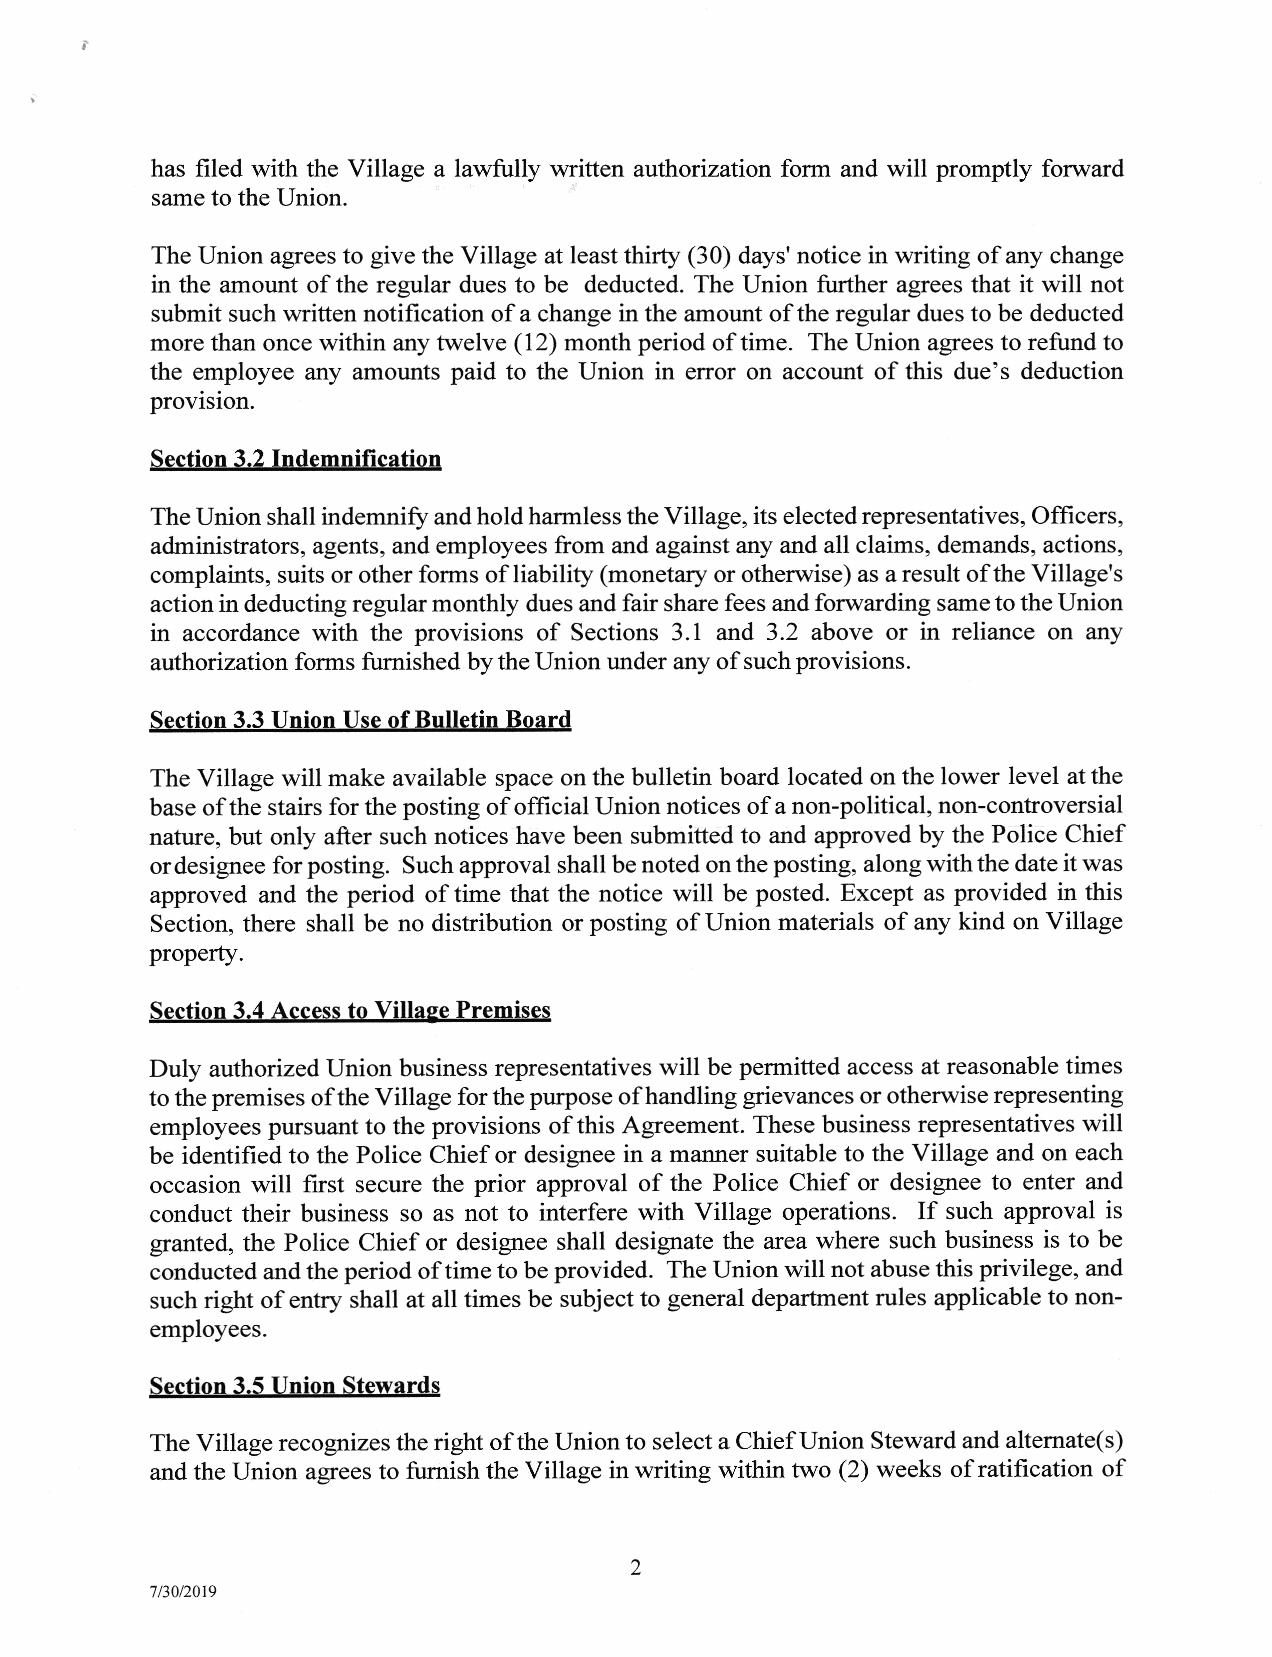
has filed with the Village a lawfully written authorization form and will promptly forward
 same to the Union.
 The Union agrees to give the Village at least thifty (30) days'notice in writing of any change
 in the amount of the regular dues to be deducted. The Union further agrees that it will not
 submit such written notification of a change in the amount of the regular dues to be deducted
 more than once within any twelve (12) month period of time. The Union agrees to refund to
 the employee any amounts paid to the Union in error on account of this due's deduction
 provision.
 Section 3.2 Indemnification
 The Union shall indemniff and hold harmless the Village, its elected representatives, Officers,
 administrators, agents, and employees from and against any and all claims, demands, actions,
 complaints, suits or other forms of liability (monetary or otherwise) as a result of the Village's
 action in deducting regular monthly dues and fair share fees and forwarding sameto the Union
 in accordance with the provisions of Sections 3.1 and 3.2 above or in reliance on any
 authorization forms furnished bythe Union under any of suchprovisions.
 Section 3.3 Union Use of Bulletin Board
 The Village will make available space on the bulletin board located on the lower level at the
 base ofthe stairs for the posting of official Union notices of a non-political, non-controversial
 nature, but only after such notices have been submitted to and approved by the Police Chief
 ordesignee for posting. Such approval shall be noted on the posting, along with the date it was
 approved and the period of time that the notice will be posted. Except as provided in this
 Section, there shall be no distribution or posting of Union materials of any kind on Village
 property.
 Section 3.4 Access to Villase Premises
 Duly authorized Union business representatives will be permitted access at reasonable times
 to the premises ofthe Village for the purpose of handling grievances or otherwise representing
 employees pursuant to the provisions of this Agreement. These business representatives will
 be identified to the Police Chief or designee in a manner suitable to the Village and on each
 occasion will frst secure the prior approval of the Police Chief or designee to enter and
 conduct their business so as not to interfere with Village operations. If such approval is
 granted, the Police Chief or designee shall designate the area where such business is to be
 conducted and the period of time to be provided. The Union will not abuse this privilege, and
 such right of entry shall at all times be subject to general department rules applicable to non-
 employees.
 Section 3.5 Union Stewards
 The Village recognizes the right of the Union to select a Chief Union Steward and alternate(s)
 and the Union agrees to furnish the Village in writing within two (2) weeks of ratification of
 つ
 ４
 7/30/2019